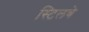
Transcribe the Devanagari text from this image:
स्टिलबे